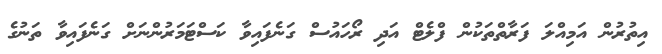
އިތުރުން އަމިއްލަ ފަރާތްތަކުން ފްލެޓް އަދި ރޯހައުސް ގަނެފައިވާ ކަސްޓަމަރުންނަށް ގަނެފައިވާ ތަނުގެ